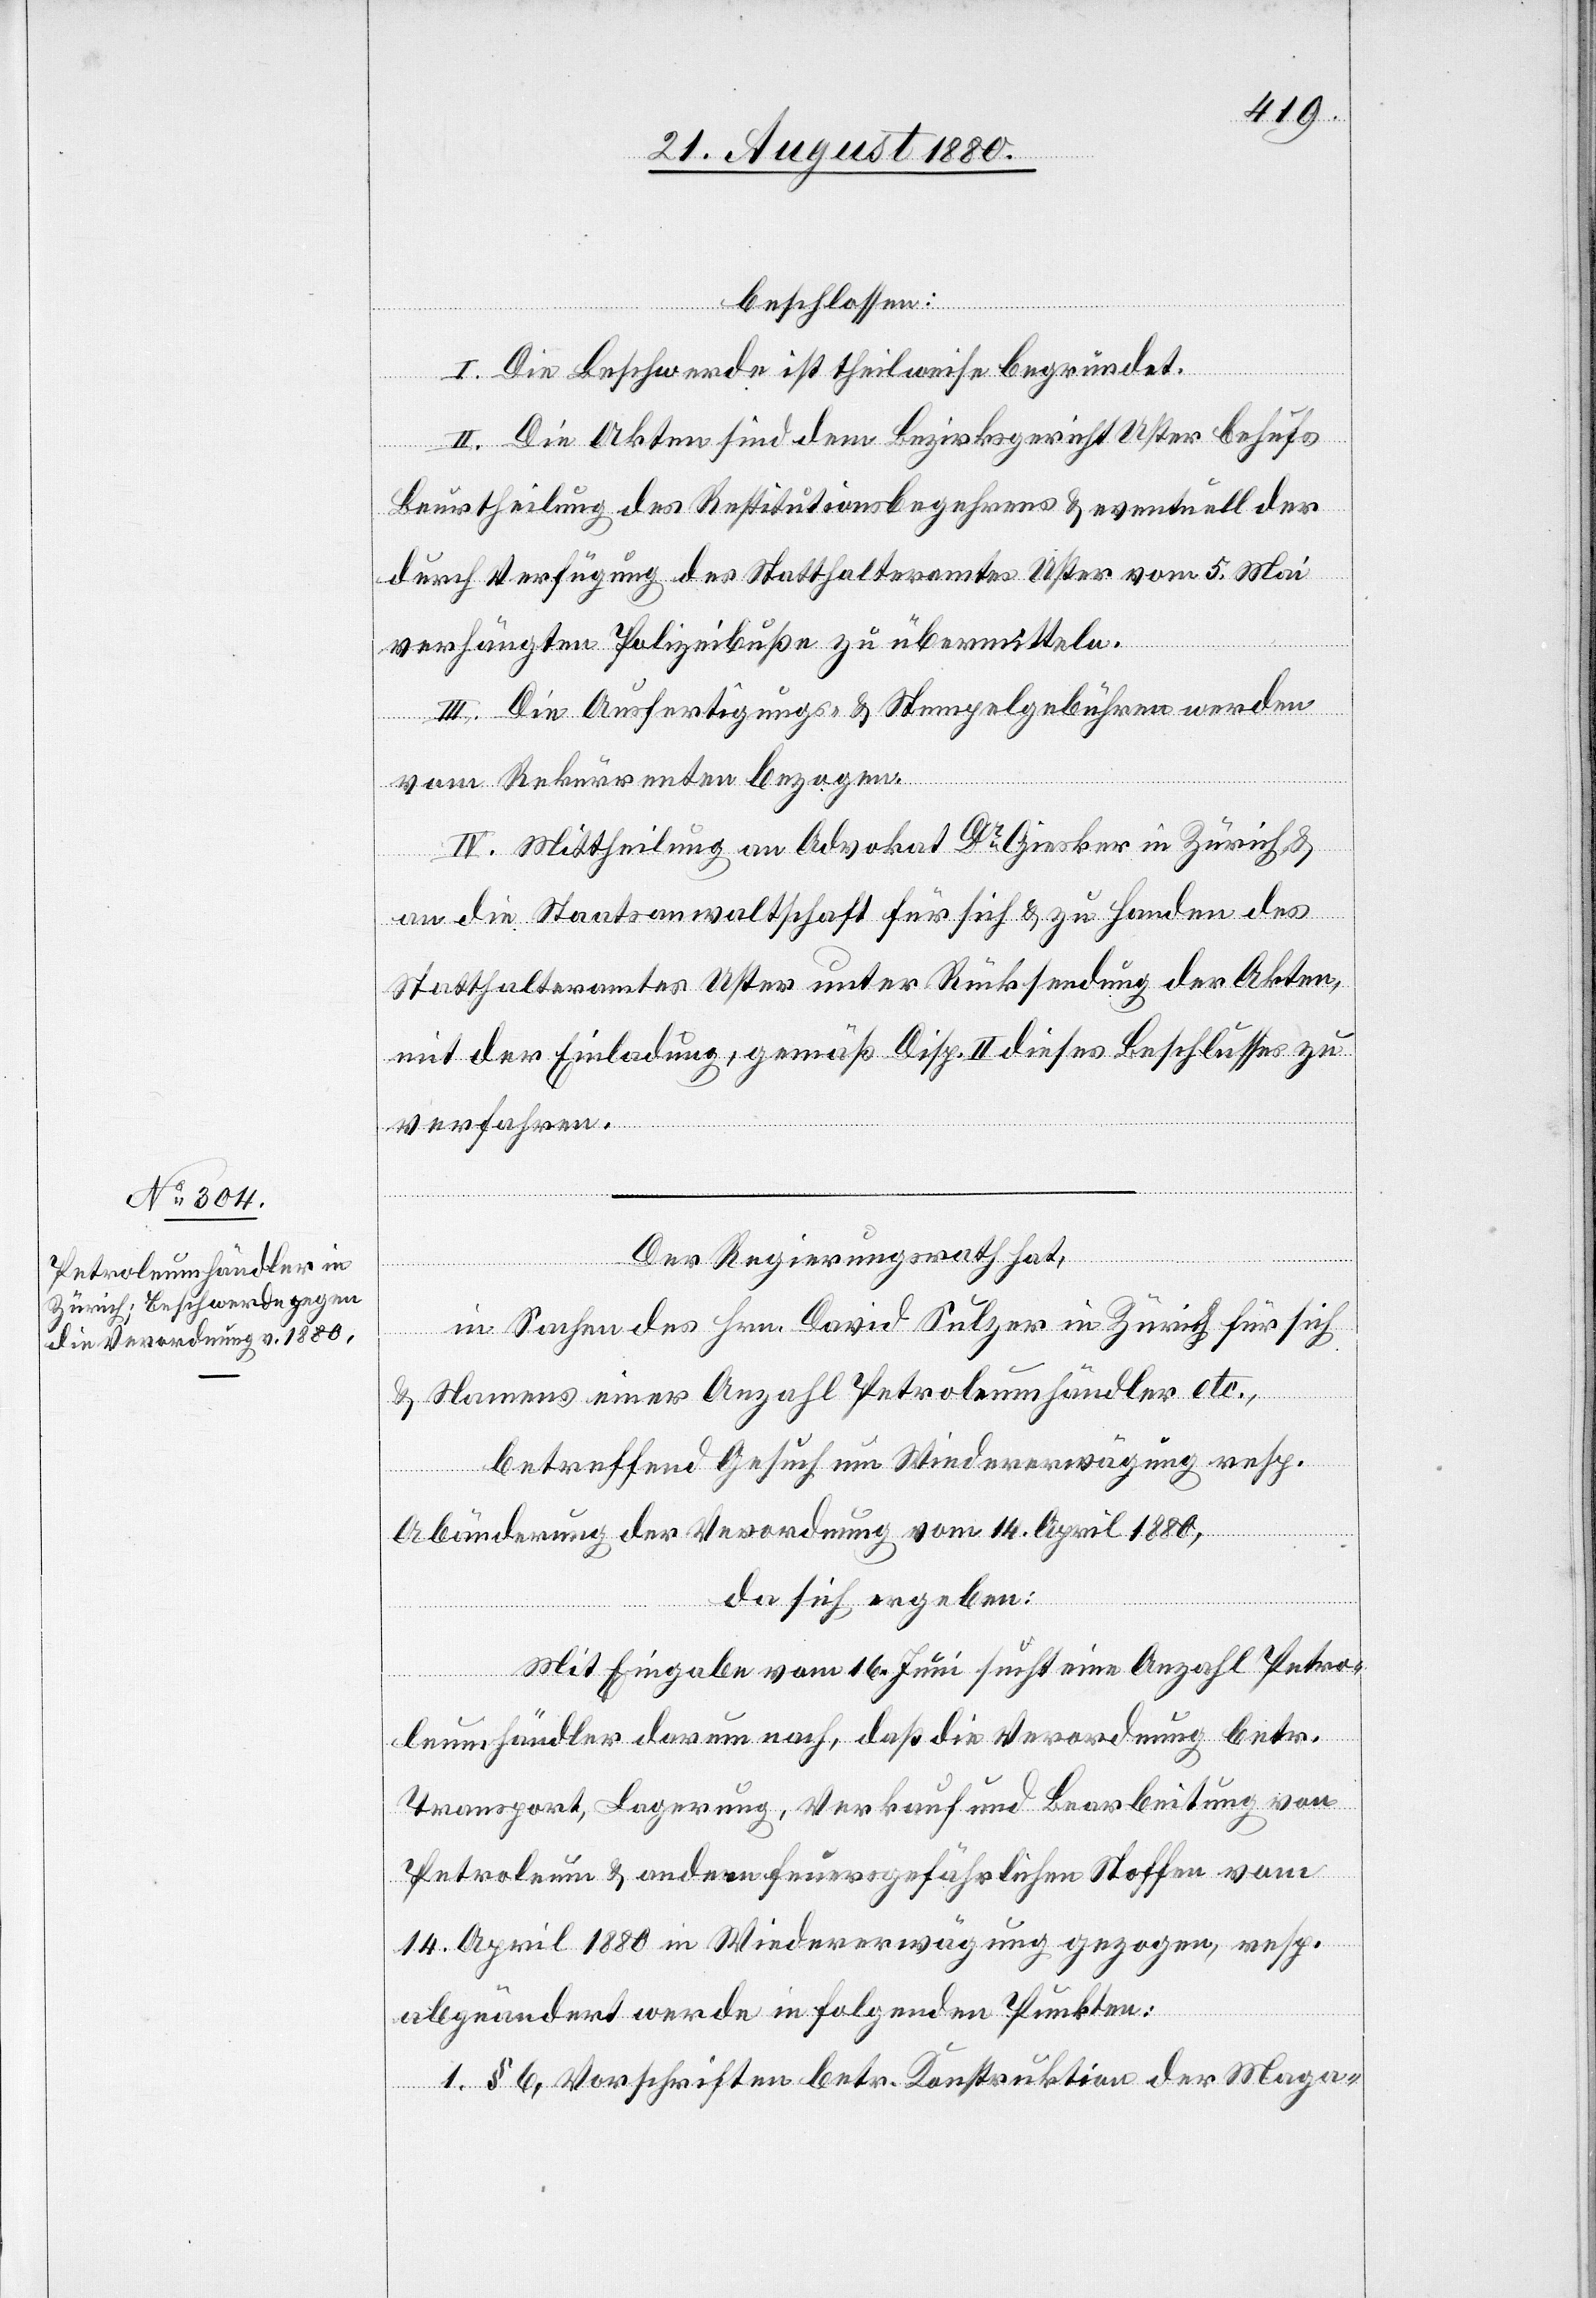
beschlossen:
I. Die Beschwerde ist theilweise begründet.
II. Die Akten sind dem Bezirksgericht Uster behufs
Beurtheilung des Restitutionsbegehrens & eventuell der
durch Verfügung des Statthalteramtes Uster vom 5. Mai
verhängten Polizeibuße zu übermitteln.
III. Die Ausfertigungs- & Stempelgebühren werden
vom Rekurrenten bezogen.
IV. Mittheilung an Advokat Dr Giesker in Zürich &
an die Staatsanwaltschaft für sich & zu Handen des
Statthalteramtes Uster unter Rücksendung der Akten
mit der Einladung, gemäß Disp. II. dieses Beschlusses zu
verfahren.
Der Regierungsrath hat,
in Sachen des Hrn. David Sulzer in Zürich für sich
& Namens einer Anzahl Petroleumhändler etc.,
betreffend Gesuch um Widererwägung resp.
Abänderung der Verordnung vom 14. April 1880,
da sich ergeben:
Mit Eingabe vom 16. Juni sucht eine Anzahl Petro¬
leumhändler darum nach, daß die Verordnung betr.
Transport, Lagerung, Verkauf und Bearbeitung von
Petroleum & andere feuergefährlichen Stoffen vom
14. April 1880 in Wiedererwägung gezogen, resp.
abgeändert werde in folgenden Punkten:
1. § 6. Vorschriften betr. Konstruktion der Maga-